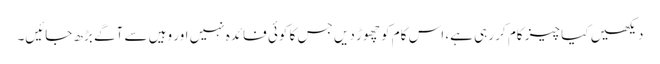
دیکھیں کیا چیز کام کر رہی ہے، اس کام کو چھوڑ دیں جس کا کوئی فائدہ نہیں اور وہیں سے آگے بڑھ جائیں۔